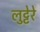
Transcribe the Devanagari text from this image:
लुट्टेरे